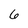
Character: 6